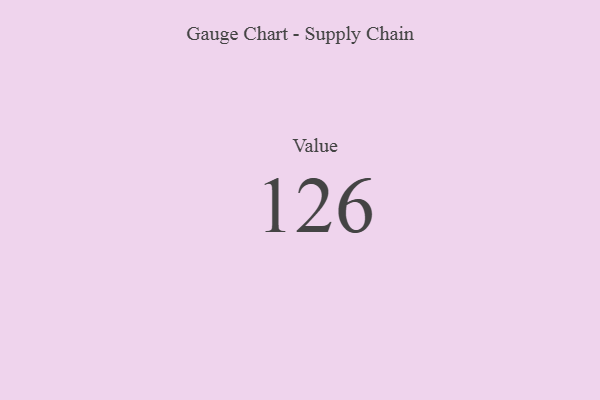
{"axis": {"x": "Metric", "y": "Value"}, "legend": [""], "data": [{"x": "Value", "y": 126, "type": ""}]}